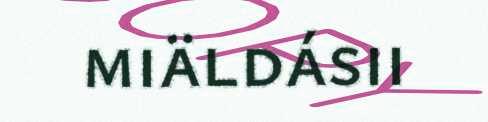
miäldásii